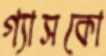
গ্যাসকো